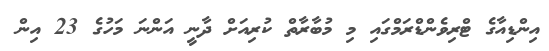
އިންޑިއާގެ ޓްރިވެންޑްރަމްގައި މި މުބާރާތް ކުރިއަށް ދާނީ އަންނަ މަހުގެ 23 އިން